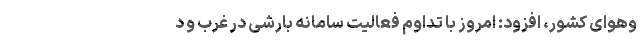
‌وهوای کشور، افزود: امروز با تداوم فعالیت سامانه بارشی در غرب و د